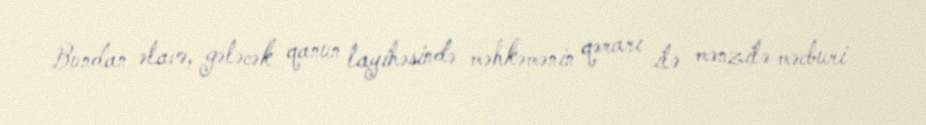
Bundan əlavə, gələcək qanun layihəsində məhkəmənin qərarı ilə mənzilə məcburi